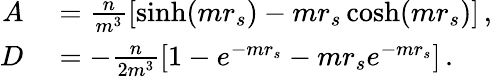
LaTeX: \begin{array}{rl}{A}&{{}=\frac n{m^{3}}\left[\sinh(mr_{s})-mr_{s}\cosh(mr_{s})\right]\, ,}\\ {D}&{{}=-\frac n{2m^{3}}\left[1-e^{-mr_{s}}-mr_{s}e^{-mr_{s}}\right]\, .}\end{array}